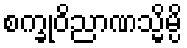
စက္ခုဝိညာဏသ္မိမ္ပိ